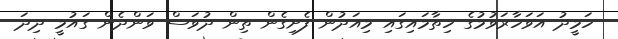
ހަމީދު އަވަހާރަވުމުގެ ހިތާމައިގައި މިއަދުން ފެށިގެން ތިން ދުވަސް ވަންދެން ގައުމީ ދިދަ